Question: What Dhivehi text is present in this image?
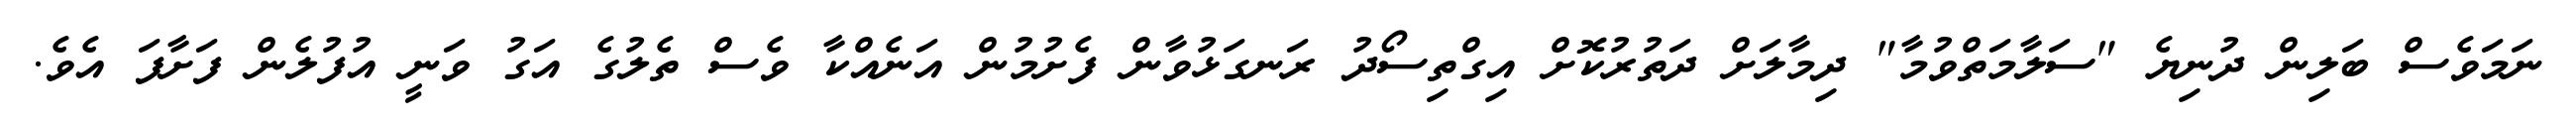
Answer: ނަމަވެސް ބަލިން ދުނިޔެ "ސަލާމަތްވުމާ" ދިމާލަށް ދަތުރުކޮށް އިގްތިސޯދު ރަނގަޅުވާން ފެށުމުން އަނެއްކާ ވެސް ތެލުގެ އަގު ވަނީ އުފުލެން ފަށާފަ އެވެ.